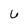
Character: 6